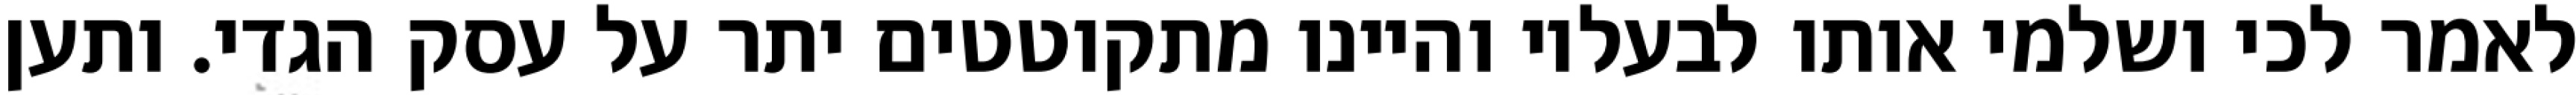
לאמר לכי ושלמי אותו לבעליו והיינו מתקוטטים יתר על עסק הגדי. ותען